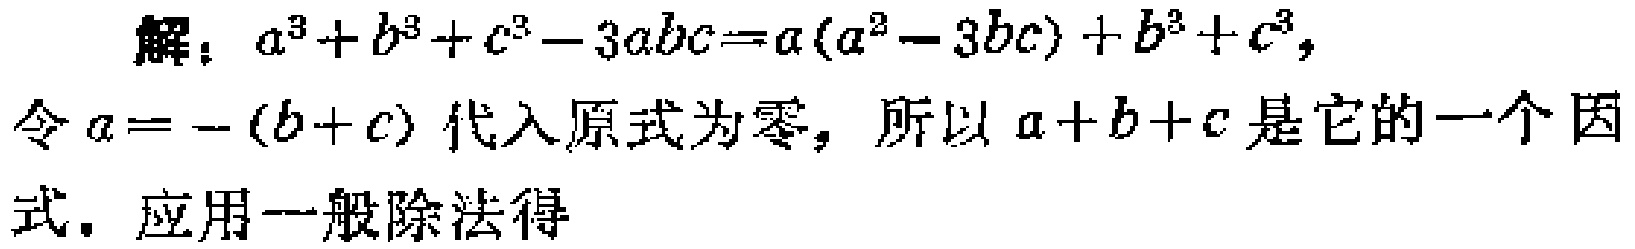
解：\(a^{3}+b^{3}+c^{3}-3abc=a(a^{2}-3bc)+b^{3}+c^{3},\)
令\(a = -(b + c)\)代入原式为零，所以\(a + b + c\)是它的一个因式. 应用一般除法得